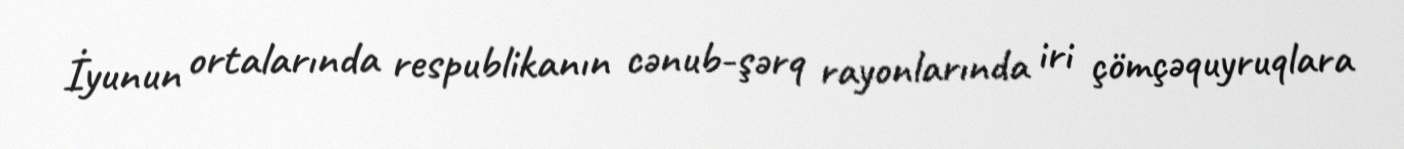
İyunun ortalarında respublikanın cənub-şərq rayonlarında iri çömçəquyruqlara